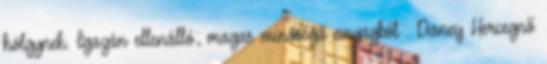
hölgynek. Igazán ellenálló; magas minőségű anyagból . Disney Hercegnő